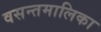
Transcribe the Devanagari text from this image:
वसन्तमालिका